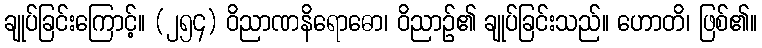
ချုပ်ခြင်းကြောင့်။ (၂၅၄) ဝိညာဏနိရောဓော၊ ဝိညာဉ်၏ ချုပ်ခြင်းသည်။ ဟောတိ၊ ဖြစ်၏။